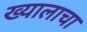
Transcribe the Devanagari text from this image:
ख्यालाचा